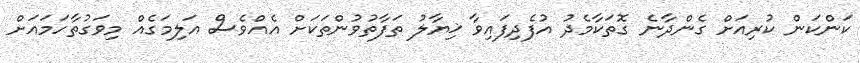
ކަންކަން ކުރިއަށް ގެންދާނެ ގޮތަކާމެދު އުފެދިފައިވާ ޚިޔާލު ތަފާތުވުންތަކަށް އެއްވެސް އަލިމަގެއް މިވަގުތާހަމައަށް